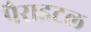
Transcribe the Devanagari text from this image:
पैराइटल